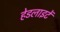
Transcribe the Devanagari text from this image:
हेडलाइटें